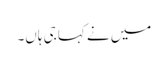
میں نے کہا جی ہاں۔